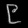
Digit: ၉